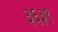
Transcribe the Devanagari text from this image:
३६३९